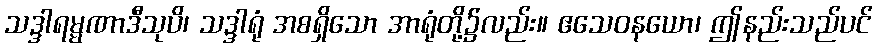
သဒ္ဒါရမ္မဏာဒီသုပိ၊ သဒ္ဒါရုံ အစရှိသော အာရုံတို့၌လည်း။ ဧသေဝနယော၊ ဤနည်းသည်ပင်